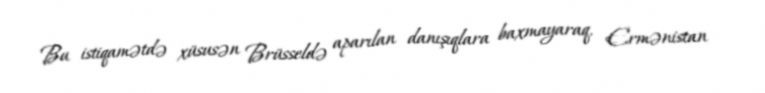
Bu istiqamətdə xüsusən Brüsseldə aparılan danışıqlara baxmayaraq, Ermənistan